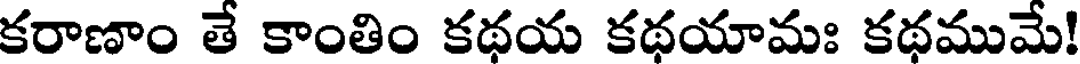
కరాణాం తే కాంతిం కథయ కథయామః కథముమే!